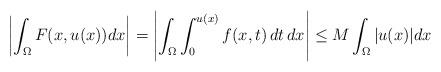
LaTeX: \begin{align*}\left | \int_{\Omega} F(x,u(x)) dx \right | = \left| \int_{\Omega} \int_0^{u(x)} f(x,t) \, dt \, dx \right| \le M \int_{\Omega} |u(x)| dx \end{align*}